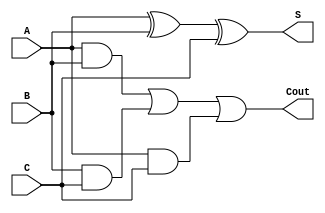
module CSA_Cell (
    input wire A,
    input wire B,
    input wire C,
    output wire S,
    output wire Cout
);
    // Sum output: S = A XOR B XOR C
    assign S = A ^ B ^ C;

    // Carry output: Cout = (A AND B) OR (B AND C) OR (A AND C)
    assign Cout = (A & B) | (B & C) | (A & C);
endmodule